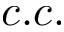
c . c .